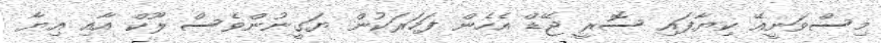
މިސްވަނީއޭ ކިޔާފައި ސޮރީ ޖޭޑް އެހެން ފަހަރަކުން ޔަގީނުންވެސް ލޫކް އާއި އިޔާ